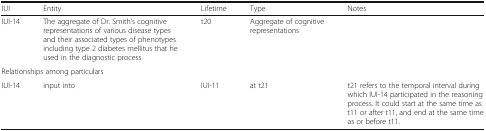
<table><thead><tr><td><b>IUI</b></td><td><b>Entity</b></td><td><b>Lifetime</b></td><td><b>Type</b></td><td><b>Notes</b></td></tr></thead><tbody><tr><td>IUI-14</td><td>The aggregate of Dr. Smith’s cognitive representations of various disease types and their associated types of phenotypes including type 2 diabetes mellitus that he used in the diagnostic process</td><td>t20</td><td>Aggregate of cognitive representations</td><td></td></tr><tr><td colspan="5">Relationships among particulars</td></tr><tr><td>IUI-14</td><td>input into</td><td>IUI-11</td><td>at t21</td><td>t21 refers to the temporal interval during which IUI-14 participated in the reasoning process. It could start at the same time as t11 or after t11, and end at the same time as or before t11.</td></tr></tbody></table>